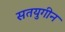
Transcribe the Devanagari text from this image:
सतयुगीन